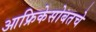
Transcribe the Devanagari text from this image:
आफ्रिकेसोबतचे